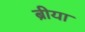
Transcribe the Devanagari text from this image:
ब्रीया